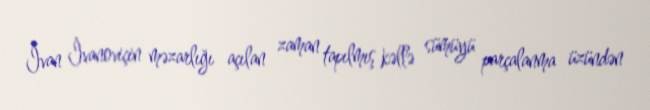
İvan İvanoviçin məzarlığı açılan zaman tapılmış kəllə sümüyü parçalanma üzündən